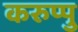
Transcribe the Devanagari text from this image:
करुप्पु